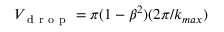
V _ { \mathrm { ~ d ~ r ~ o ~ p ~ } } = \pi ( 1 - \beta ^ { 2 } ) ( 2 \pi / k _ { m a x } )